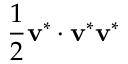
\frac { 1 } { 2 } { { \bf { v } } ^ { * } } \cdot { { \bf { v } } ^ { * } } { { \bf { v } } ^ { * } }